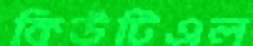
কিউটিএল